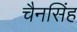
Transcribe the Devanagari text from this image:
चैनसिंह